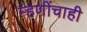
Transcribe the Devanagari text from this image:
म्हणींचाही